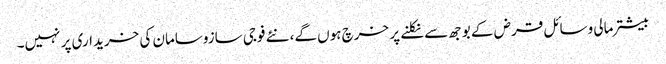
بیشتر مالی وسائل قرض کے بوجھ سے نکلنے پر خرچ ہوں گے، نئے فوجی سازوسامان کی خریداری پر نہیں۔